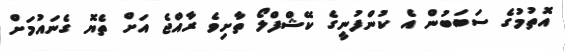
އޮތުމުގެ ސަބަބުން އެ ކުންފުނީގެ ކޭޝްފްލޯ ތާށިވެ ރާއްޖެ އަށް ތެޔޮ ގެނައުމަށް